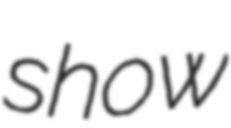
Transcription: show